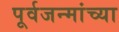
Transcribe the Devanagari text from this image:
पूर्वजन्मांच्या